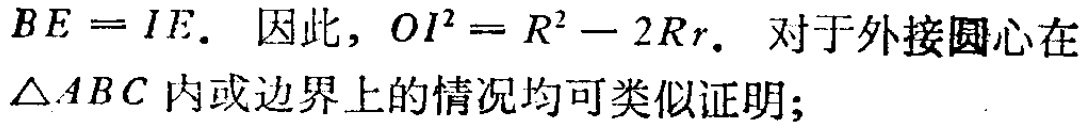
$BE = IE.$ 因此, $OI^{2}=R^{2}-2Rr.$ 对于外接圆心在$\triangle ABC$内或边界上的情况均可类似证明;